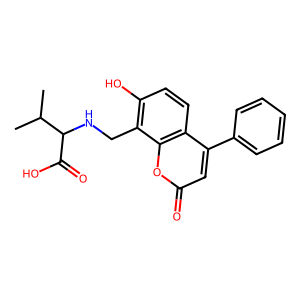
SMILES: CC(C)C(NCc1c(O)ccc2c(-c3ccccc3)cc(=O)oc12)C(=O)O
Inhibits HIV replication: No